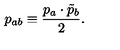
p _ { a b } \equiv \frac { p _ { a } \cdot \tilde { p } _ { b } } { 2 } .